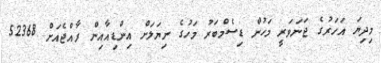
މިދިޔަ އަހަރުގެ ޖަނަވަރީ މަހުން ޑިސެމްބަރު މަހުގެ ނިޔަލަށް އިންޑިއާއިން ރާއްޖެއަށް 52368